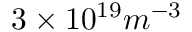
3 \times 1 0 ^ { 1 9 } m ^ { - 3 }